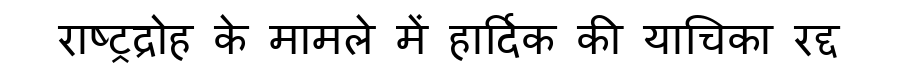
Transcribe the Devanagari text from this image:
राष्ट्रद्रोह के मामले में हार्दिक की याचिका रद्द